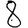
Digit: 8